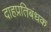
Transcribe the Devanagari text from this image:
दाहप्रतिबंधक